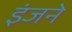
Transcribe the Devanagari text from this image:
इंजने